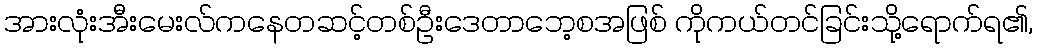
အားလုံးအီးမေးလ်ကနေတဆင့်တစ်ဦးဒေတာဘေ့စအဖြစ် ကိုကယ်တင်ခြင်းသို့ရောက်ရ၏,